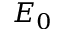
E _ { 0 }